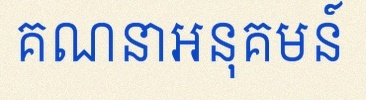
គណនាអនុគមន៍